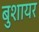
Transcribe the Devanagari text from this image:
बुशायर